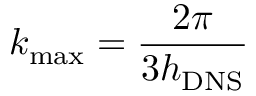
{ k _ { \mathrm { { m a x } } } } = \frac { { 2 \pi } } { { 3 { h _ { \mathrm { { D N S } } } } } }